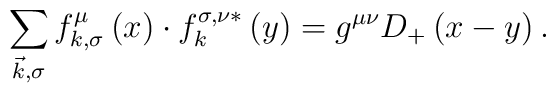
\sum\limits_{\vec{k},\sigma }f_{k,\sigma }^\mu \left(x\right)\cdot f_k^{\sigma,\nu *}\left(y\right) =g^{\mu \nu }D_{+}\left(x-y\right).